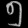
Digit: ၅